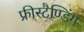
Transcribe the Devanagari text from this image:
फ्रीस्टैण्डिंग